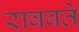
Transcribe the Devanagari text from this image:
राबबते